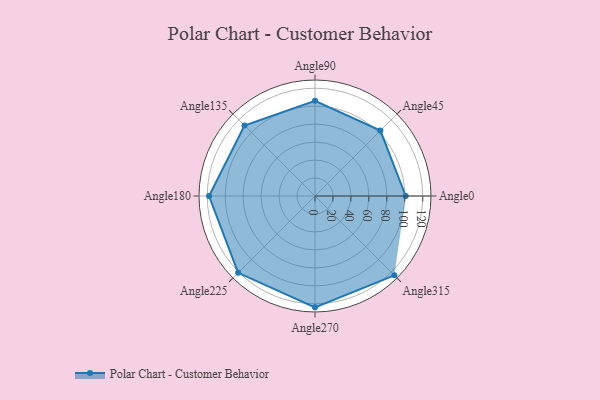
{"axis": {"x": "Angle", "y": "Radius"}, "legend": [""], "data": [{"x": "Angle0", "y": 101.0, "type": ""}, {"x": "Angle45", "y": 103.0, "type": ""}, {"x": "Angle90", "y": 106.0, "type": ""}, {"x": "Angle135", "y": 111.0, "type": ""}, {"x": "Angle180", "y": 118.0, "type": ""}, {"x": "Angle225", "y": 121.0, "type": ""}, {"x": "Angle270", "y": 124.0, "type": ""}, {"x": "Angle315", "y": 125.0, "type": ""}]}